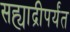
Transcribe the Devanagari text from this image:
सह्याद्रीपर्यंत